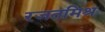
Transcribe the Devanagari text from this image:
रजतमिश्र